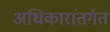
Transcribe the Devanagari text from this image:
अधिकारांतर्गत